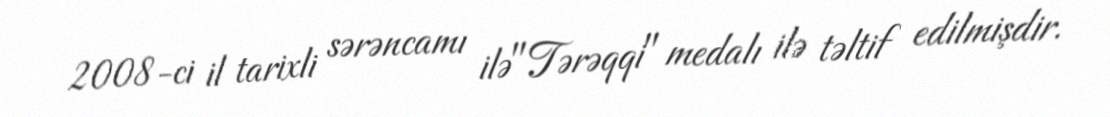
2008-ci il tarixli sərəncamı ilə"Tərəqqi" medalı ilə təltif edilmişdir.